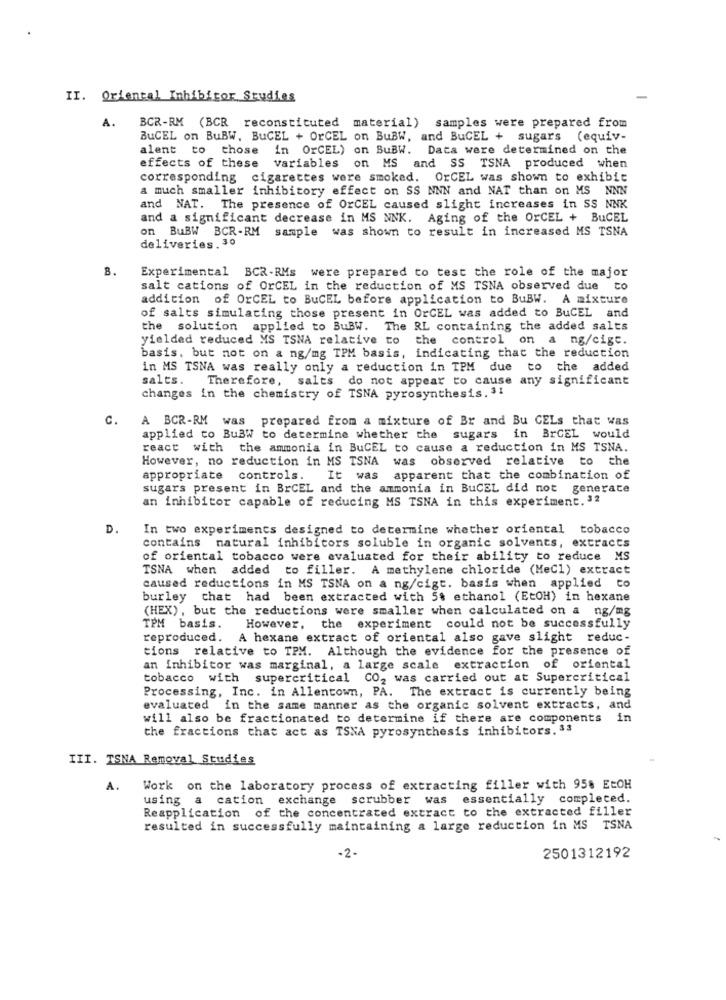
II. Oriental Inhibitor Studies
A.
BCR-RM (BCR reconstituted material) samples were prepared from
BuCEL on BuBW, BuCEL + OrCEL on BuBW, and BuCEL + sugars (equiv-
alent to those in OrCEL) on BuBW. Data were determined on the
effects of these variables on MS and SS TSNA produced when
corresponding cigarettes were smoked. OrCEL was shown to exhibit
a much smaller inhibitory effect on SS NNN and NAT than on MS NNN
and NAT. The presence of OrCEL caused slight increases in SS NNK
and a significant decrease in MS NNK. Aging of the OrCEL + BuCEL
on BuBW BCR-RM sample was shown to result in increased MS TSNA
deliveries. 30
8. Experimental BCR-RMs were prepared to test the role of the major
salt cations of OrCEL in the reduction of MS TSNA observed due to
addition of OrCEL to BuCEL before application to BuBW. A mixture
of salts simulating those present in OrCEL was added to BuCEL and
the solution applied to BuBW.
The RL containing the added salts
yielded reduced MS TSNA relative to the control on a ng/cigt.
basis, but not on a ng/mg TPM basis, indicating that the reduction
in MS TSNA was really only a reduction in TPM due to the added
salts. Therefore, salts do not appear to cause any significant
changes in the chemistry of TSNA pyrosynthesis. 31
C. A BCR-RM was prepared from a mixture of Br and Bu GELs that was
applied to BuBW to determine whether the sugars in BrCEL would
react with the ammonia in BuCEL to cause a reduction in MS TSNA.
However, no reduction in MS TSNA was observed relative to the
appropriate controls.
It was apparent that the combination of
sugars present in BrCEL and the ammonia in BuCEL did not generate
an inhibitor capable of reducing MS TSNA in this experiment. 32
D.
In two experiments designed to determine whether oriental tobacco
contains natural inhibitors soluble in organic solvents, extracts
of oriental tobacco were evaluated for their ability to reduce MS
TSNA when added to filler. A methylene chloride (MeCl) extract
caused reductions in MS TSNA on a ng/cigt. basis when applied to
burley that had been extracted with 5% ethanol (EtOH) in hexane
(HEX) , but the reductions were smaller when calculated on a ng/mg
TPM basis.
However, the experiment could not be successfully
reproduced. A hexane extract of oriental also gave slight reduc-
tions relative to TPM. Although the evidence for the presence of
an inhibitor was marginal, a large scale extraction of oriental
tobacco with supercritical CO2 was carried out at Supercritical
Processing, Inc. in Allentown, PA. The extract is currently being
evaluated in the same manner as the organic solvent extracts, and
will also be fractionated to determine if there are components in
the fractions that act as TSNA pyrosynthesis inhibitors. 33
III. TSNA Removal Studies
A. Work on the laboratory process of extracting filler with 958 EtOH
using a cation exchange scrubber was essentially completed.
Reapplication of the concentrated extract to the extracted filler
resulted in successfully maintaining a large reduction in MS TSNA
2501312192